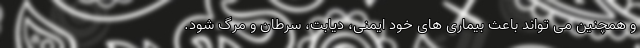
و همچنین می تواند باعث بیماری های خود ایمنی، دیابت، سرطان و مرگ شود.